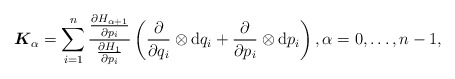
\begin{align*} \boldsymbol{K}_\alpha=\sum _{i=1}^n \frac{\frac{\partial H_{\alpha +1}}{\partial p_i}}{ \frac{\partial H_1}{\partial p_i}}\left(\frac{\partial}{\partial q_i}\otimes \mathrm{d} q_i +\frac{\partial}{\partial p_i}\otimes \mathrm{d} p_i \right ), \alpha=0,\ldots,n-1 ,\end{align*}